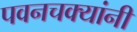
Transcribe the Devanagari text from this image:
पवनचक्यांनी